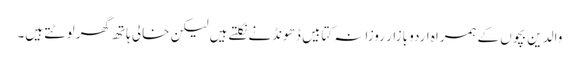
والدین بچوں کے ہمراہ اردو بازار روزانہ کتابیں ڈھونڈنے نکلتے ہیں لیکن خالی ہاتھ گھر لوٹتے ہیں۔